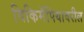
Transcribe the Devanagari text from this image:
विकिमॅपियावरील